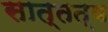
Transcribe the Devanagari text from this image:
सात्तत्य